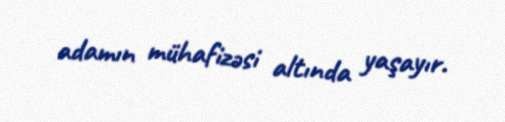
adamın mühafizəsi altında yaşayır.